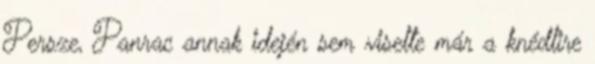
Persze, Panrac annak idején sem viselte már a knédlire